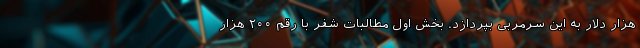
هزار دلار به این سرمربی بپردازد. بخش اول مطالبات شفر با رقم ۲۰۰ هزار